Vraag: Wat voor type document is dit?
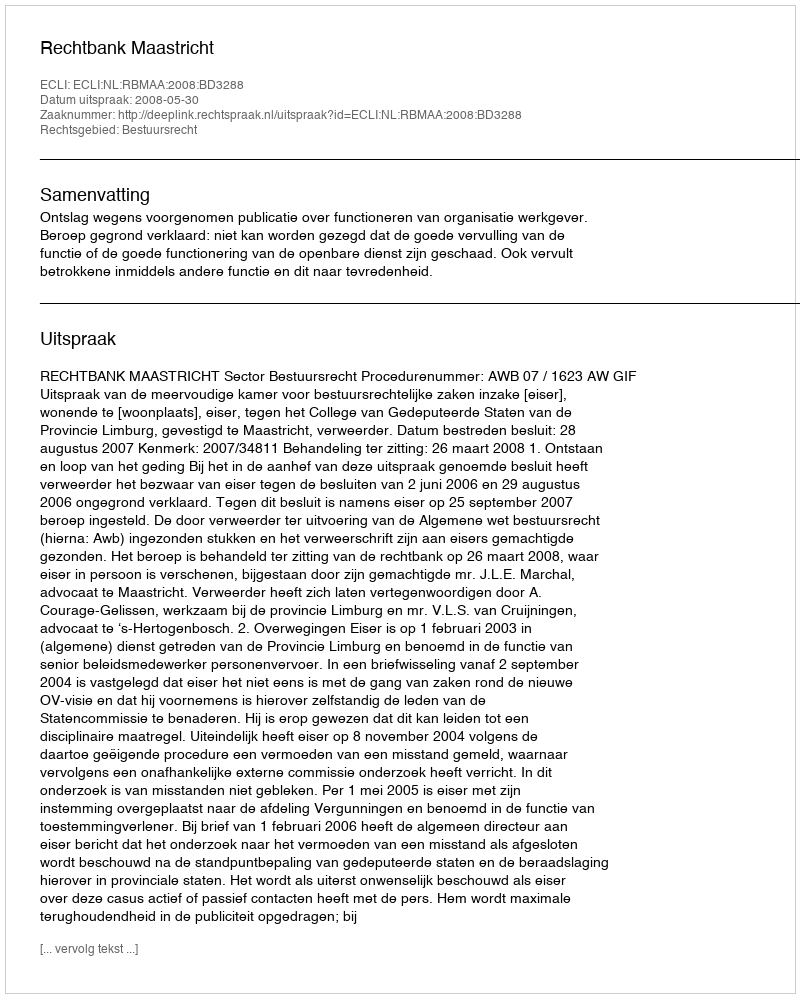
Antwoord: Uitspraak